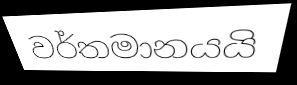
වර්තමානයයි